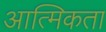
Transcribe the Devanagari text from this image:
आत्मिकता